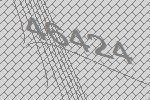
46424